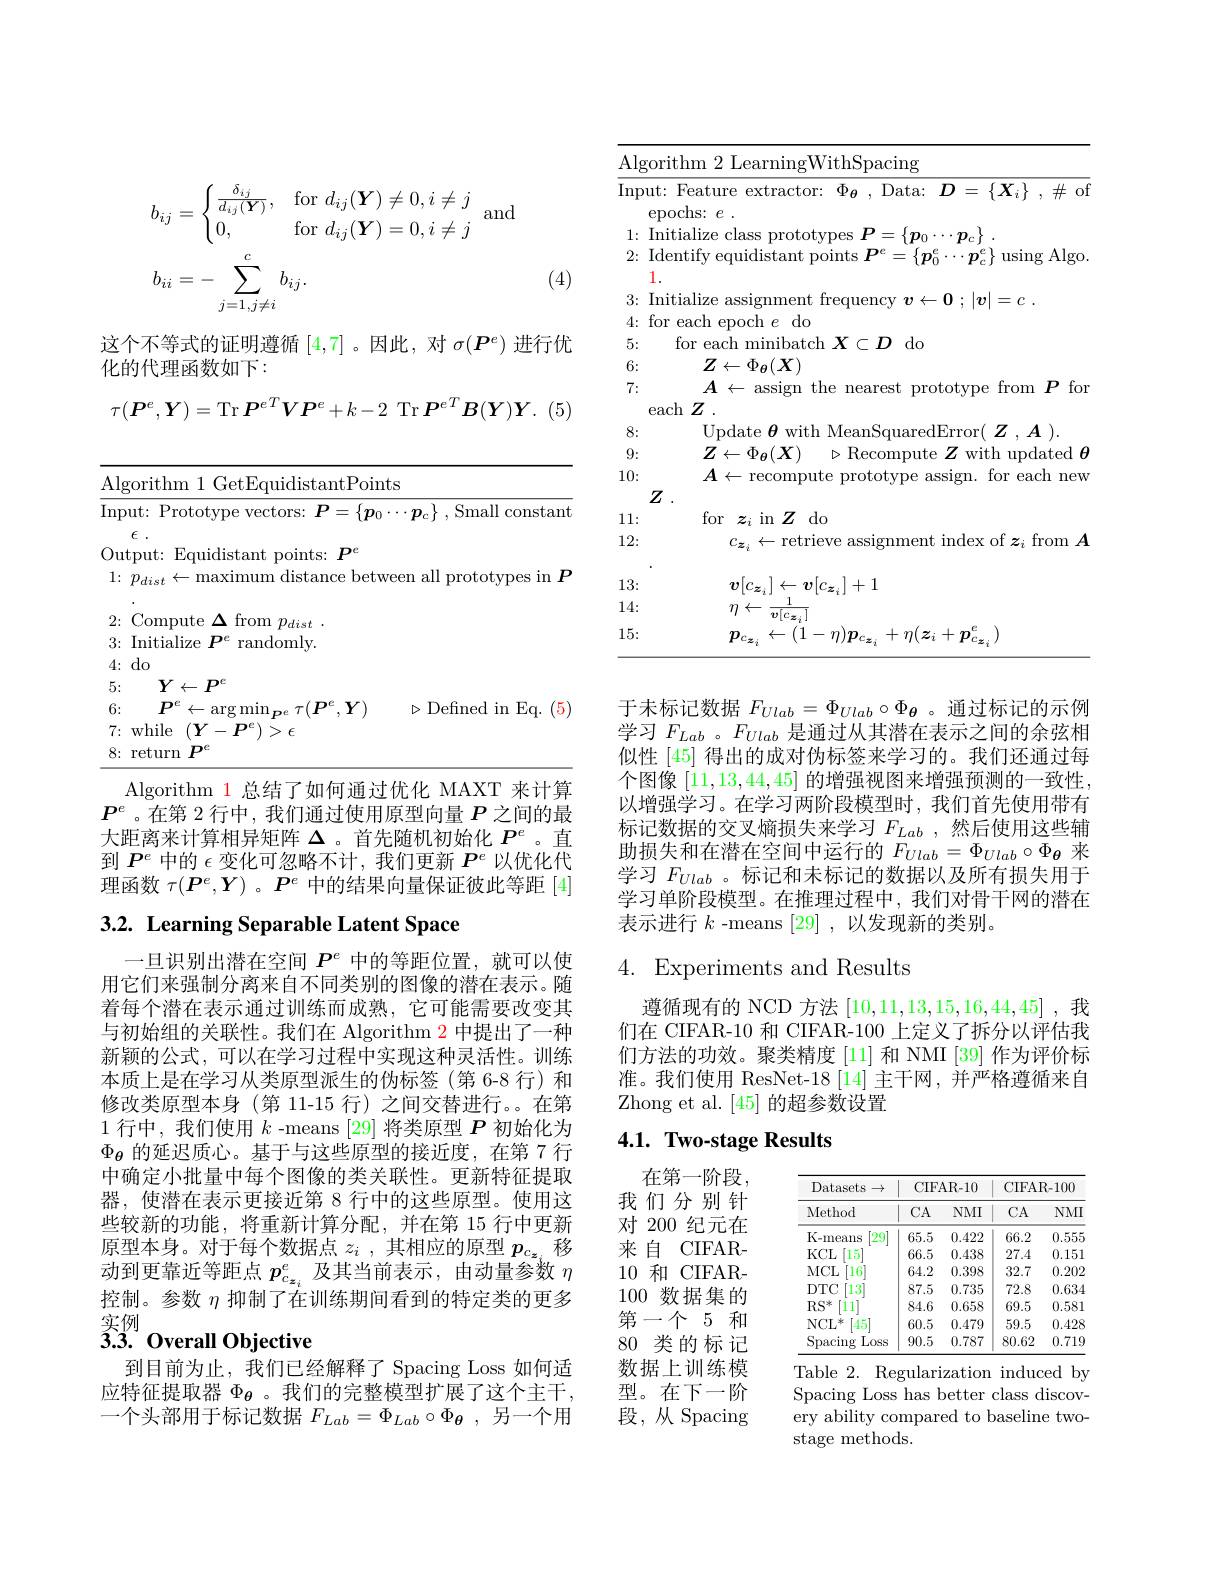
anc
$$\begin{aligned}b_{ij}&=\begin{cases}\frac{\delta_{ij}}{d_{ij}(\boldsymbol{Y})},&\text{for}\:d_{ij}(\boldsymbol{Y})\neq0,i\neq j\\0,&\text{for}\:d_{ij}(\boldsymbol{Y})=0,i\neq j\end{cases}.\\b_{ii}&=-\sum_{j=1,j\neq i}^cb_{ij}.\end{aligned}$$
(4)

这个不等式的证明遵循[4,7] 。因此，对$\sigma(\boldsymbol{P}^e)$进行优
化的代理函数如下：
$$\tau(\boldsymbol{P}^{e},\boldsymbol{Y})=\operatorname{Tr}\boldsymbol{P}^{eT}\boldsymbol{V}\boldsymbol{P}^{e}+k-2\:\operatorname{Tr}\boldsymbol{P}^{eT}\boldsymbol{B}(\boldsymbol{Y})\boldsymbol{Y}.$$
<table>
	<tbody>
		<tr>
			<td>12</td>
			<td>n 1 GetEquidistantPoints</td>
		</tr>
	</tbody>
</table>
Algorithm 1 总结了如何通过优化 MAXT 来计算

$P^e$ 。在第 2 行中，我们通过使用原型向量$P$之间的最大距离来计算相异矩阵$\Delta$ 。首先随机初始化$P^e$ 。直到$P^e$中的$\epsilon$变化可忽略不计，我们更新$P^e$以优化代理函数$\tau(\boldsymbol{P}^e,\boldsymbol{Y})$ 。$\boldsymbol{P}^e$中的结果向量保证彼此等距 [4]

# 3.2. Learning Separable Latent Space

一旦识别出潜在空间$P^e$中的等距位置，就可以使用它们来强制分离来自不同类别的图像的潜在表示。随着每个潜在表示通过训练而成熟，它可能需要改变其与初始组的关联性。我们在 Algorithm 2 中提出了一种新颖的公式，可以在学习过程中实现这种灵活性。训练本质上是在学习从类原型派生的伪标签(第 6-8 行) 和修改类原型本身 (第 11-15 行) 之间交替进行。在第1 行中，我们使用$k$ -means [29] 将类原型$P$初始化为$\Phi_\mathrm{\theta}$的延迟质心。基于与这些原型的接近度，在第 7 行中确定小批量中每个图像的类关联性。更新特征提取器，使潜在表示更接近第 8 行中的这些原型。使用这些较新的功能，将重新计算分配，并在第 15 行中更新原型本身。对于每个数据点$z_i$ ,其相应的原型$p_{c_{\boldsymbol{z}_i}}$移动到更靠近等距点$p_{c_{\boldsymbol{z}_i}}^e$及其当前表示，由动量参数$\eta$ 控制。参数$\eta$抑制了在训练期间看到的特定类的更多实例

## $\widehat{3}3.$ Overall Objective

到目前为止，我们已经解释了 Spacing Loss 如何适应特征提取器$\Phi_\mathrm{\theta}$ 。我们的完整模型扩展了这个主干， 一个头部用于标记数据$F_{Lab}=\Phi_{Lab}\circ\Phi_{\boldsymbol{\theta}}$,另一个用

<table>
	<tbody>
		<tr>
			<td>$\operatorname{Algorith}$</td>
			<td>pacing</td>
		</tr>
		<tr>
			<td>Input: $F$ epoc</td>
			<td>Feature extractor: $\Phi_{\boldsymbol{\theta}}$, Data: $D=\{\boldsymbol X_i\},\#$ ot ochs: $e$ .</td>
		</tr>
		<tr>
			<td>Initi$\varepsilon$ 1:</td>
			<td> </td>
		</tr>
		<tr>
			<td>Ident 2: 1</td>
			<td>equldıstant poınts T 17 $I_{r}$ 1 $\cdots\boldsymbol{p}_{c}^{e}\}$using Algo</td>
		</tr>
		<tr>
			<td>8:</td>
			<td> </td>
		</tr>
		<tr>
			<td>9:</td>
			<td> </td>
		</tr>
		<tr>
			<td>12:</td>
			<td>$C_{\boldsymbol{z}_{i}}\leftarrow$ $y_{\dot{r}}$ ||||||||</td>
		</tr>
		<tr>
			<td>13:</td>
			<td>$,[c_{\boldsymbol{z}_{i}}]+1$</td>
		</tr>
		<tr>
			<td>14:</td>
			<td>1 $\eta$ $\leftarrow$</td>
		</tr>
	</tbody>
</table>

于未标记数据$F_{Ulab}=\Phi_{Ulab}\circ\Phi_{\boldsymbol{\theta}}$ 。通过标记的示例学习$F_{Lab}$ 。$F_{Ulab}$是通过从其潜在表示之间的余弦相似性 [45] 得出的成对伪标签来学习的。我们还通过每个图像[11,13,44,45]的增强视图来增强预测的一致性， 以增强学习。在学习两阶段模型时，我们首先使用带有标记数据的交叉熵损失来学习$F_{Lab}$ ,然后使用这些辅助损失和在潜在空间中运行的$F_{Ulab}=\Phi_{Ulab}\circ\Phi_{\boldsymbol{\theta}}$来学习$F_{Ulab}$ 。标记和未标记的数据以及所有损失用于学习单阶段模型。在推理过程中，我们对骨干网的潜在表示进行$k$ -means [29] ,以发现新的类别。

# 4. Experiments and Results

遵循现有的 NCD 方法[10,11,13,15,16,44,45] ,我们在 CIFAR-10 和 CIFAR-100 上定义了拆分以评估我们方法的功效。聚类精度 [11] 和 NMI [39] 作为评价标准。我们使用 ResNet-18[14] 主干网，并严格遵循来自Zhong et al. [45]的超参数设置

# 4.1. Two-stage Results

<table>
	<tbody>
		<tr>
			<th rowspan="2">Datasets $S\rightarrow$ Method</th>
			<th colspan="2">CIFAR-10</th>
			<th colspan="2">CIFAR-100</th>
		</tr>
		<tr>
			<th>$CA$</th>
			<th>$NMI$</th>
			<th>$CA$</th>
			<th>$NMI$</th>
		</tr>
		<tr>
			<td>K-means [29]</td>
			<td>65.5</td>
			<td>0.422</td>
			<td>66.2</td>
			<td>0.555</td>
		</tr>
		<tr>
			<td>$KCL$ [15]</td>
			<td>66.5</td>
			<td>0.438</td>
			<td>27.4</td>
			<td>0.151</td>
		</tr>
		<tr>
			<td>$MCL$ 16</td>
			<td>64.2</td>
			<td>0.398</td>
			<td>32.7</td>
			<td>0.202</td>
		</tr>
		<tr>
			<td>$DTC$ 13</td>
			<td>87.5</td>
			<td>0.735</td>
			<td>72.8</td>
			<td>0.634</td>
		</tr>
		<tr>
			<td>$RS^*$ 111</td>
			<td>84.6</td>
			<td>0.658</td>
			<td>69.5</td>
			<td>0.581</td>
		</tr>
		<tr>
			<td>$NCL$ $[45^*$ -</td>
			<td>60.5</td>
			<td>0.479</td>
			<td>59.5</td>
			<td>0.428</td>
		</tr>
		<tr>
			<td>Spacing Loss</td>
			<td>90.5</td>
			<td>0.787</td>
			<td>80.62</td>
			<td>0.719</td>
		</tr>
	</tbody>
</table>
Table 2. Regularization induced by

在第一阶段， 我们分别针对 200 纪元在来自 CIFAR- 10和 CIFAR- 100数据集的第一个 5 和80类的标记数据上训练模型。在下一阶段，从 Spacing

Spacing Loss has better class discov- $\overset{\text{ery ability compared to baseline two-}}$ stage methods